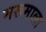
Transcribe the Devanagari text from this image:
मरूमाला